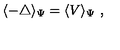
\langle - \triangle \rangle _ { \Psi } = \langle V \rangle _ { \Psi } \ ,